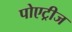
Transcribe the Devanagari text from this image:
पोएट्रीज